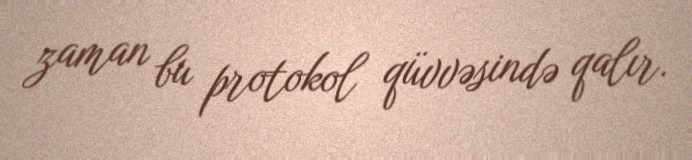
zaman bu protokol qüvvəsində qalır.